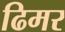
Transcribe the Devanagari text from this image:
ढिमर